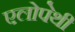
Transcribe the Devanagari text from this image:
एलोपेथी